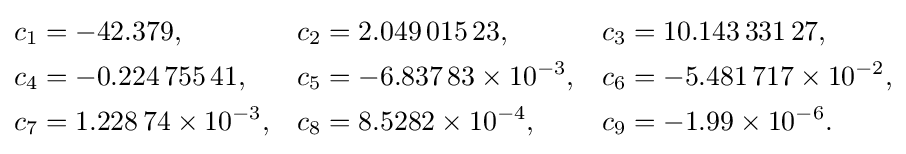
{\textstyle {\begin{aligned}c_{1}&=-42.379,&c_{2}&=2.049\,015\,23,&c_{3}&=10.143\,331\,27,\\c_{4}&=-0.224\,755\,41,&c_{5}&=-6.837\,83\times 10^{-3},&c_{6}&=-5.481\,717\times 10^{-2},\\c_{7}&=1.228\,74\times 10^{-3},&c_{8}&=8.5282\times 10^{-4},&c_{9}&=-1.99\times 10^{-6}.\end{aligned}}}